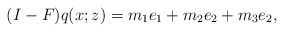
\begin{align*}(I-F)q(x;z)=m_1 e_1+m_2 e_2+m_3 e_2,\end{align*}